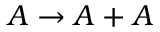
A \to A + A